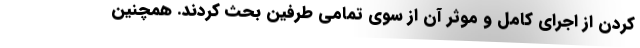
کردن از اجرای کامل و موثر آن از سوی تمامی طرفین بحث کردند. همچنین